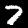
Label: 7